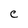
Character: C